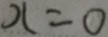
x = 0